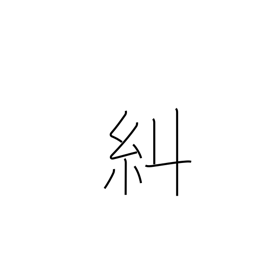
Meaning: verify